Leningradi_Edasi_toimetus, lk 112
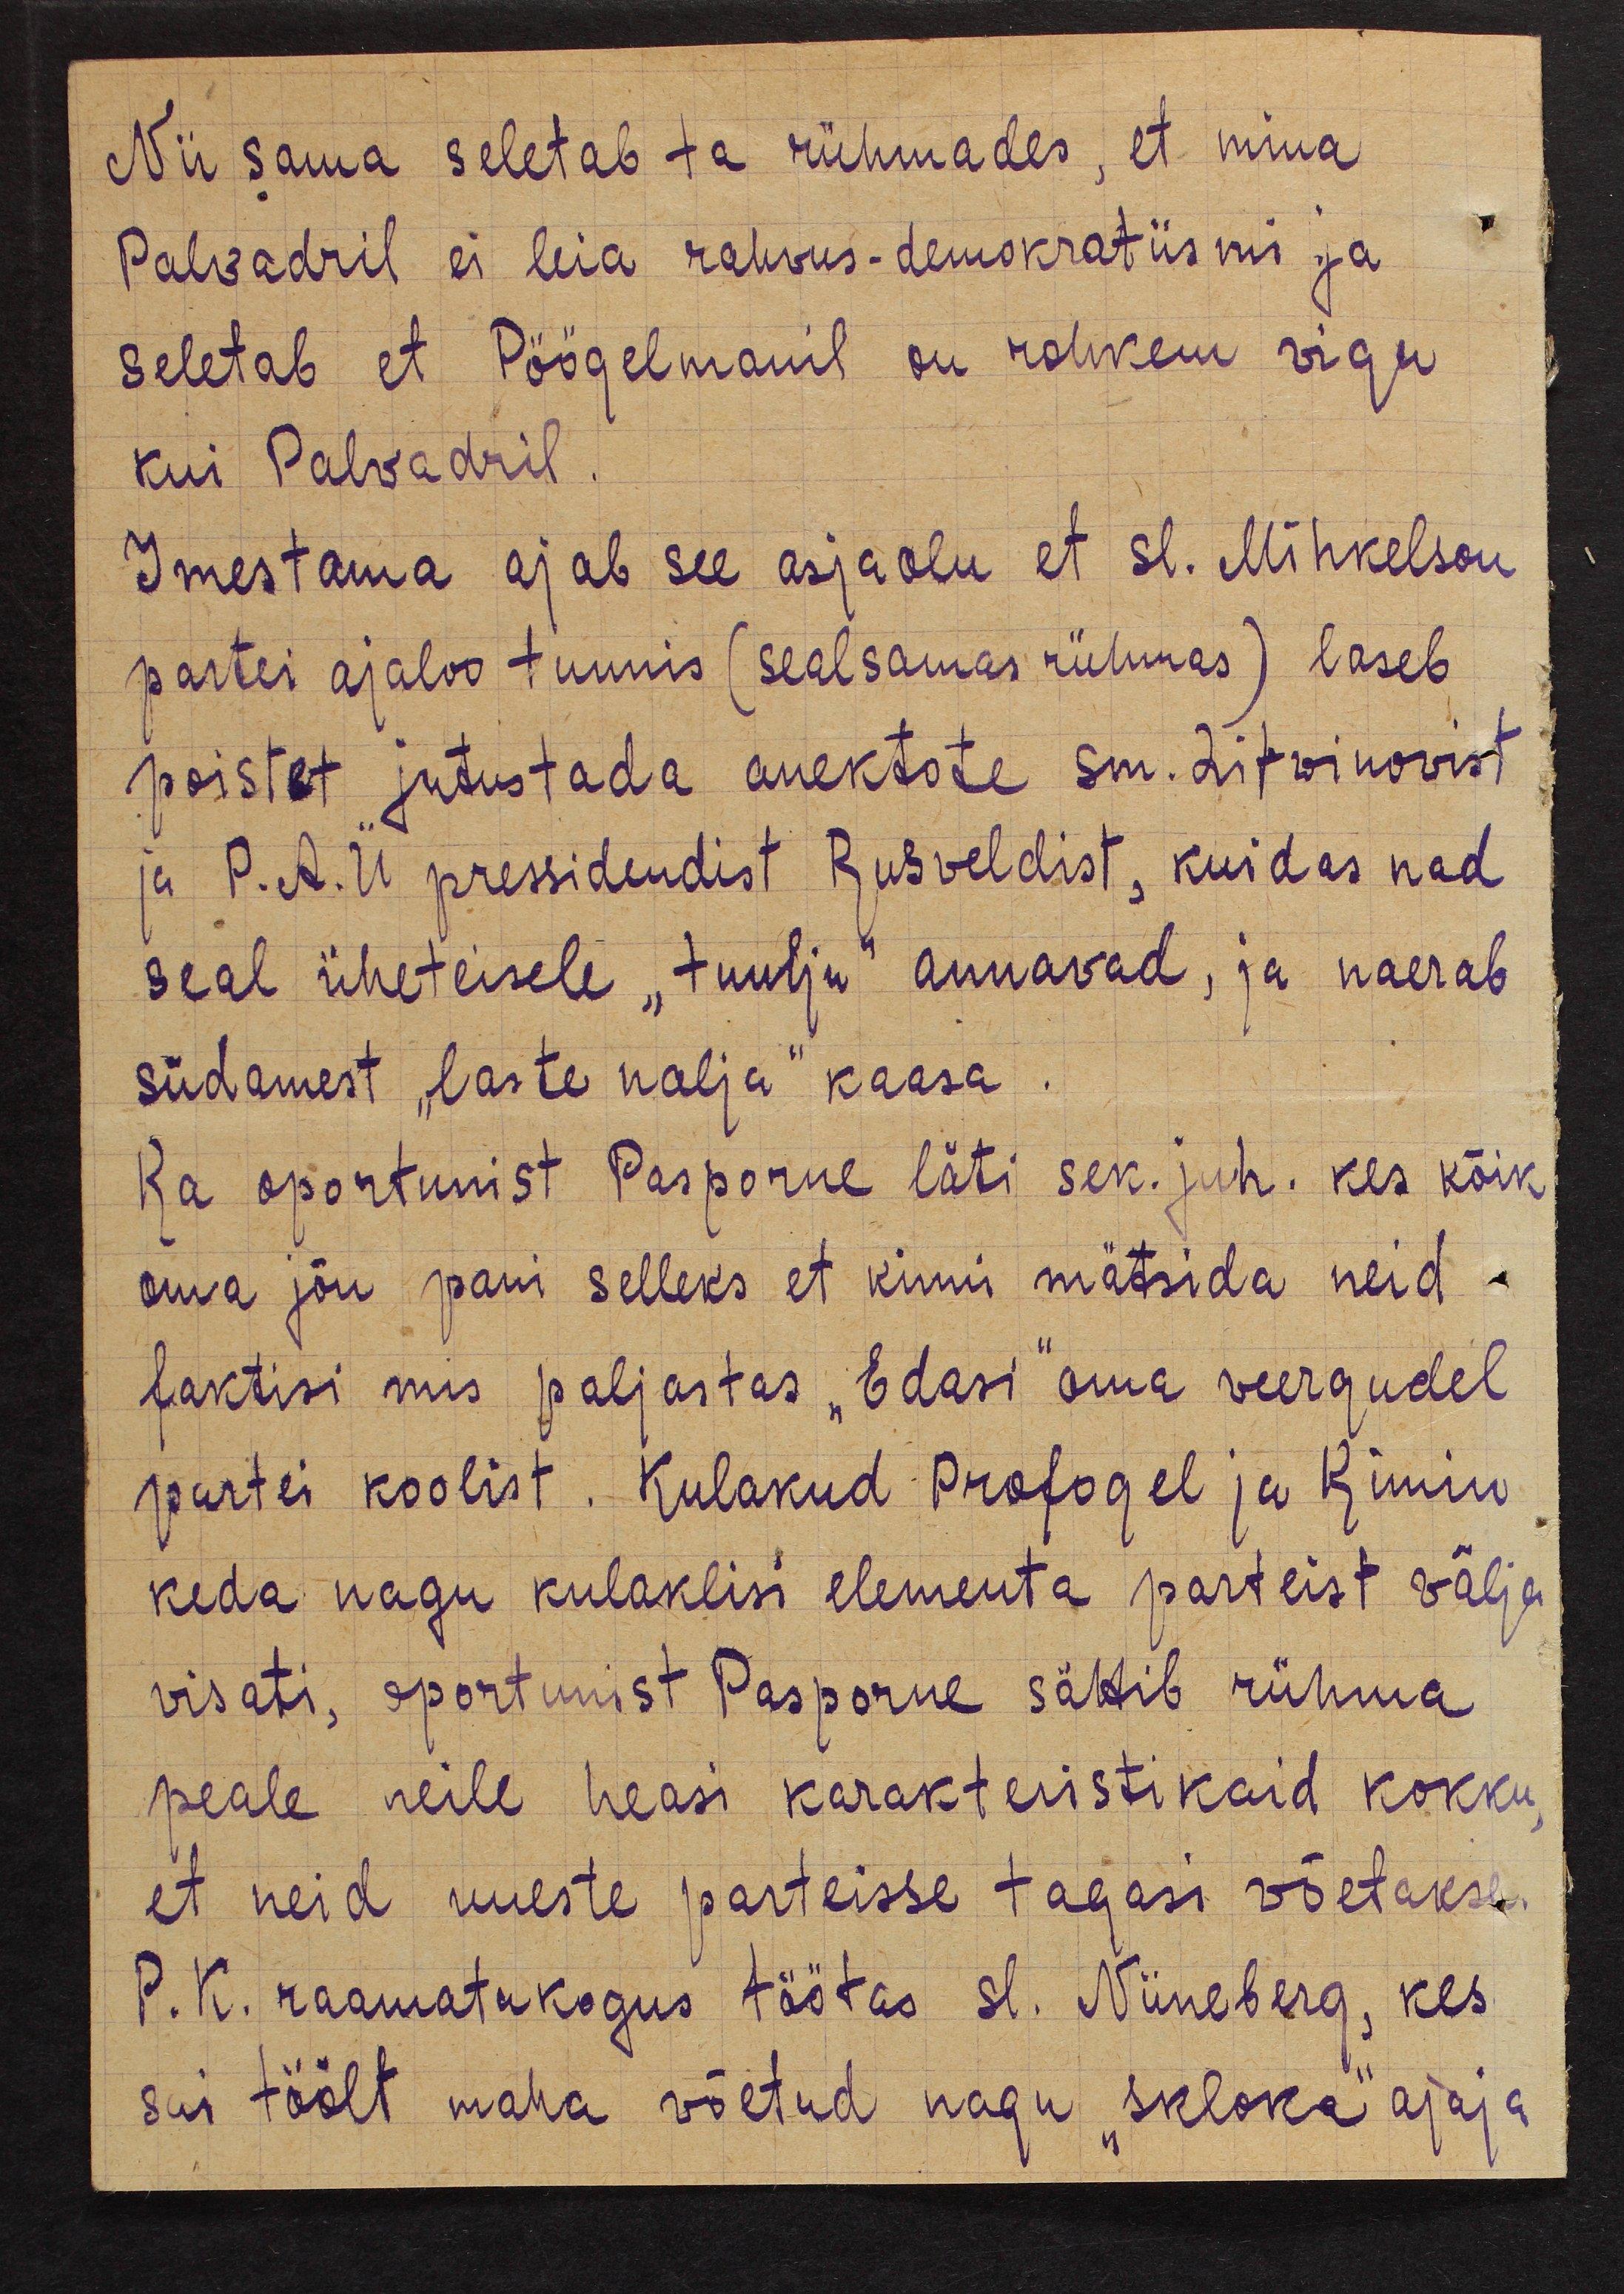
Nii sama seletab ta rühmades, et mina
Palvadril ei leia rahvus-demokratiismi ja
seletab et Pöögelmanil on rohkem vigu
kui Palvadril.
Imestama ajab see asjaolu et sl. Mihkelson
partei ajaloo tunnis (sealsamas rühmas) laseb
poistet jutustada anektote sm. Litvinovist
ja P. A. Ü pressidendist Rusveldist, kuidas nad
seal üheteisele "tuulju" annavad, ja naerab
südamest "laste nalja" kaasa
Ka oportunist Pasporne läti sek. juh. kes kõik
oma jõu pani selleks et kinni mätsida neid
faktisi mis paljastas "Edasi" oma veergudel
partei koolist. Kulakud Profogel ja Kimin
keda nagu kulaklisi elementa parteist välja
visati, oportunist Pasporne sättib rühma
peale neile heasi karakteristikaid kokku,
et neid uueste parteisse tagasi võetakse.
P. K. raamatukogus töötas sl. Niineberg, kes
sai töölt maha võetud nagu "skloka" ajaja